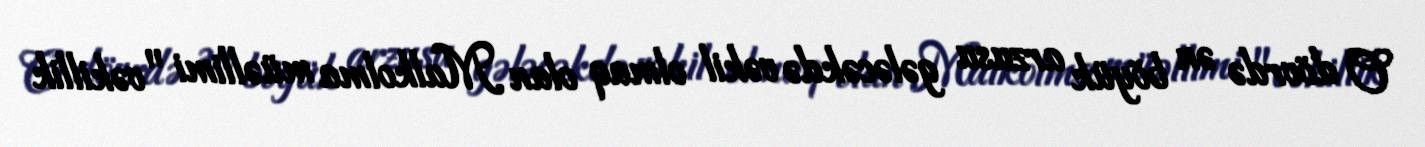
O dövrdə ən böyük arzusu gələcəkdə vəkil olmaq olan Malkolma müəllimi "vəkillik